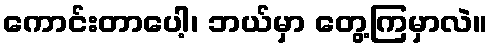
ကောင်းတာပေါ့၊ ဘယ်မှာ တွေ့ကြမှာလဲ။